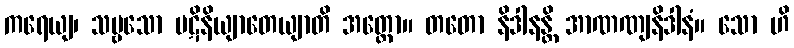
ကရေယျ၊ သဗ္ဗသော ပဋိနိယျာတေယျာတိ အတ္ထော။ တတော နိဒါနန္တိ အာဏဏျနိဒါနံ။ သော ဟိ